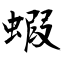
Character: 蝦